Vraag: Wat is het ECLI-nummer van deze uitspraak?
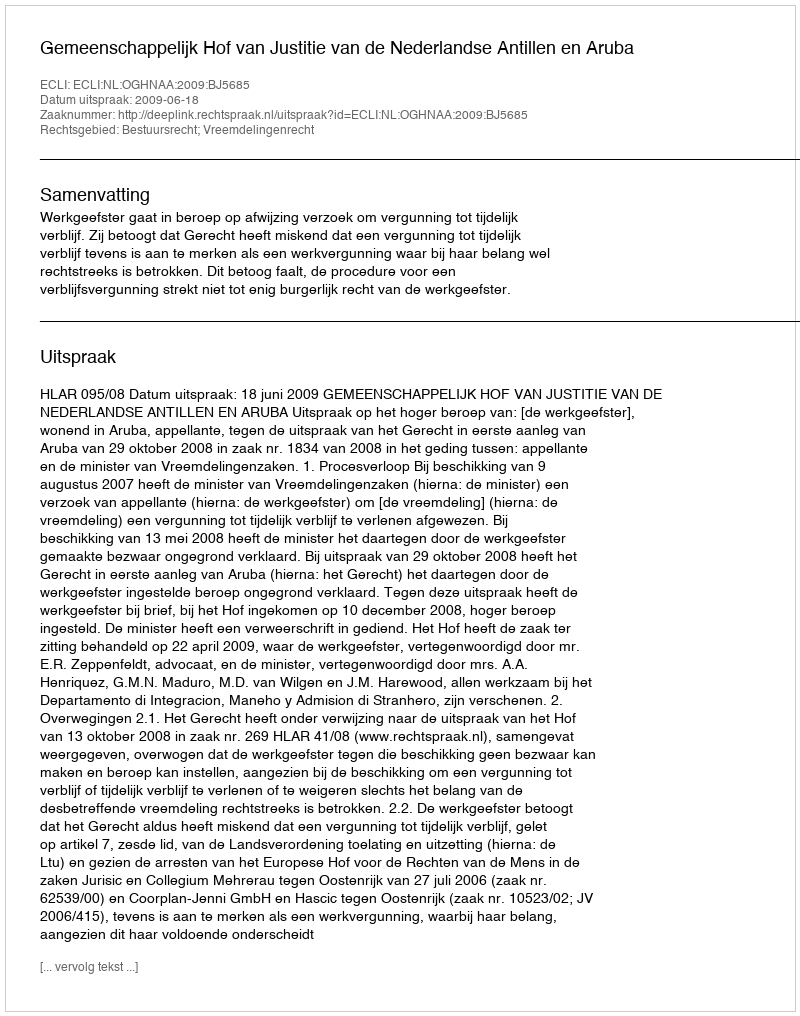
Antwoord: ECLI:NL:OGHNAA:2009:BJ5685